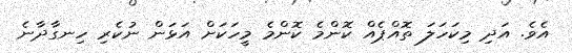
އެވެ. އަދި މިކަހަލަ ތޮއްޕެއް ކޮންމެ ކޮންމެ މީހަކަށް އަޅަން ނުކެރި ހިނގާދާނެ